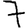
Digit: 7